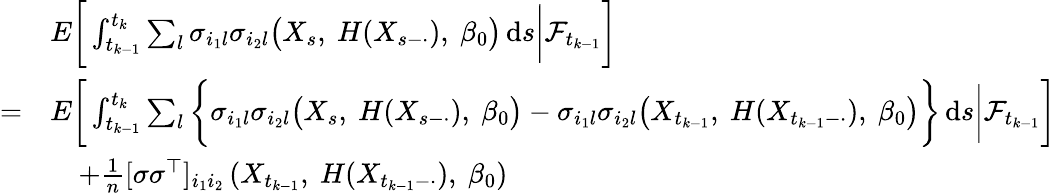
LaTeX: \begin{array}{rl}&{E\bigg[\int_{t_{k-1}}^{t_{k}}\sum_{l}\sigma_{i_{1}l}\sigma_{i_{2}l}\bigl(X_{s},~H(X_{s-\cdot}),~\beta_{0}\bigr)\, \mathrm{d}s\bigg|\mathcal{F}_{t_{k-1}}\bigg]}\\ {=}&{E\bigg[\int_{t_{k-1}}^{t_{k}}\sum_{l}\bigg\{ \sigma_{i_{1}l}\sigma_{i_{2}l}\bigl(X_{s},~H(X_{s-\cdot}),~\beta_{0}\bigr)-\sigma_{i_{1}l}\sigma_{i_{2}l}\bigl(X_{t_{k-1}},~H(X_{t_{k-1}-\cdot}),~\beta_{0}\bigr)\bigg\} \, \mathrm{d}s\bigg|\mathcal{F}_{t_{k-1}}\bigg]}\\ &{\quad+\frac{1}{n}[\sigma\sigma^{\top}]_{i_{1}i_{2}}\left(X_{t_{k-1}},~H(X_{t_{k-1}-\cdot}),~\beta_{0}\right)}\end{array}